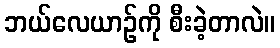
ဘယ်လေယာဉ်ကို စီးခဲ့တာလဲ။